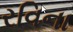
રવિના